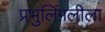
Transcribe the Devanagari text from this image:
प्रभुलिंगलीला